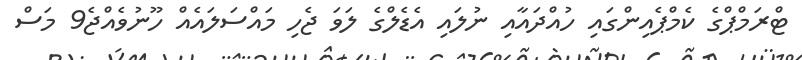
ޓްރަމްޕްގެ ކެމްޕެއިންގައި ހުއްދައާއި ނުލައި އެޑެލްގެ ލަވަ ޖެހި މައްސަލައެއް ހޫނުވެއްޖެ9 މަސް